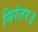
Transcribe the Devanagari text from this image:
निरंतर॥